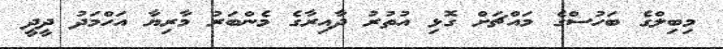
މިބިލްގެ ބަހުސްގެ މައްޗަށް ގޮޅި އުތުރު ދާއިރާގެ މެންބަރު މާރިޔާ އަހްމަދު ދީދީ